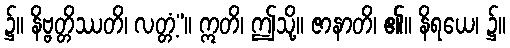
၌။ နိဗ္ဗတ္တိဿတိ၊ လတ္တံ့”။ ဣတိ၊ ဤသို့။ ဇာနာတိ၊ ၏။ နိရယေ၊ ၌။